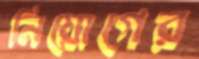
নিয়োগের